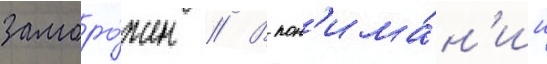
заморо́жен // В пон'има́н'ии